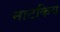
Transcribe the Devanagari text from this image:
नाटकिय